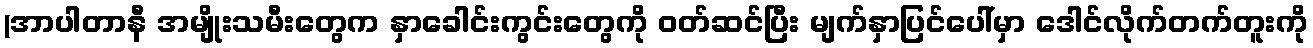
(အာပါတာနီ အမျိုးသမီးတွေက နှာခေါင်းကွင်းတွေကို ဝတ်ဆင်ပြီး မျက်နှာပြင်ပေါ်မှာ ဒေါင်လိုက်တက်တူးကို